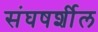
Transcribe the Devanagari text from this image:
संघषर्शील